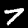
Label: 7